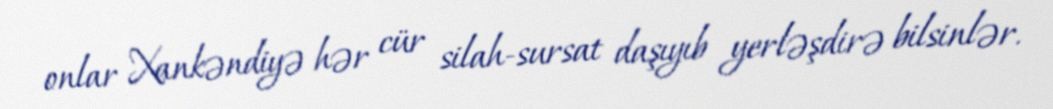
onlar Xankəndiyə hər cür silah-sursat daşıyıb yerləşdirə bilsinlər.